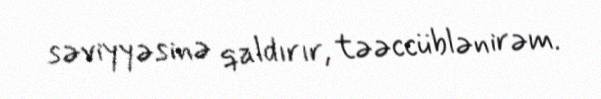
səviyyəsinə qaldırır, təəccüblənirəm.